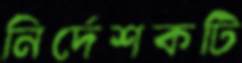
নির্দেশকটি